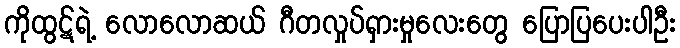
ကိုထွဋ်ရဲ့ လောလောဆယ် ဂီတလှုပ်ရှားမှုလေးတွေ ပြောပြပေးပါဦး